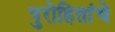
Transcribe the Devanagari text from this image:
पुरोहितांचे